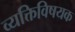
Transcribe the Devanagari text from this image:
व्यक्तिविषयक